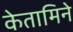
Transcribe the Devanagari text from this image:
केतामिने